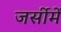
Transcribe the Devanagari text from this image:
जर्सीमें